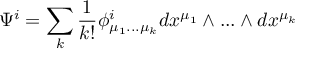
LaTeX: \Psi ^ { i } = \sum _ { k } { \frac { 1 } { k ! } } \phi _ { \mu _ { 1 } . . . \mu _ { k } } ^ { i } d x ^ { \mu _ { 1 } } \wedge . . . \wedge d x ^ { \mu _ { k } }